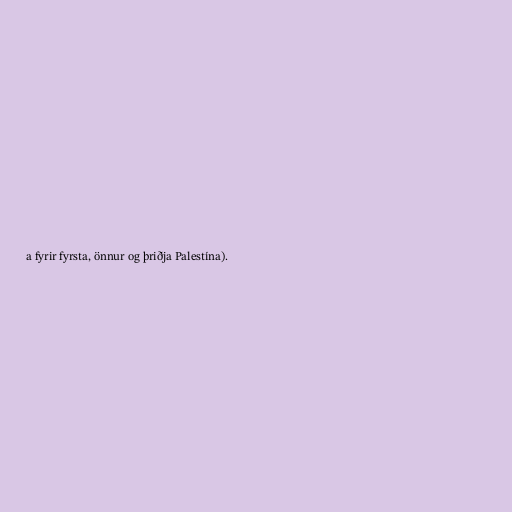
a fyrir fyrsta, önnur og þriðja Palestína).